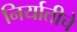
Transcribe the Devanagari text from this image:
निर्यातीचे